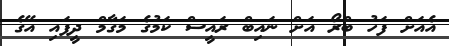
އެއަށް ފަހު ބްރޯ އަށް ނައިބް ރައީސް ކަމުގެ މަގާމް ދީފައި އޭގެ